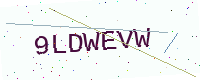
Text: 9LDWEVW